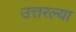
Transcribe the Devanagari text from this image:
उत्तरल्या